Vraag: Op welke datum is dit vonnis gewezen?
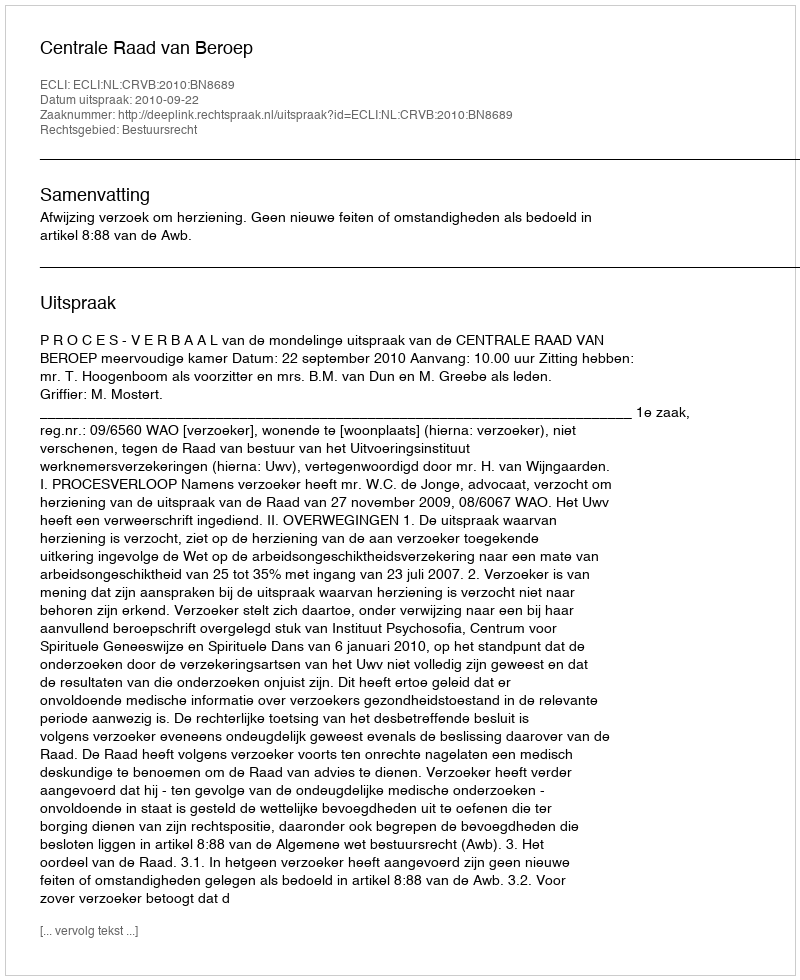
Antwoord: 2010-09-22